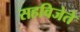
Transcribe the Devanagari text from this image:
सहविजेते